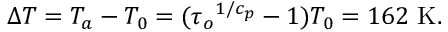
\Delta T = T _ { a } - T _ { 0 } = ( { \tau _ { o } } ^ { 1 / c _ { p } } - 1 ) T _ { 0 } = 1 6 2 \mathrm { \ K } .